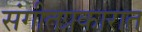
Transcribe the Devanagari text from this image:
संगीतप्रकारात